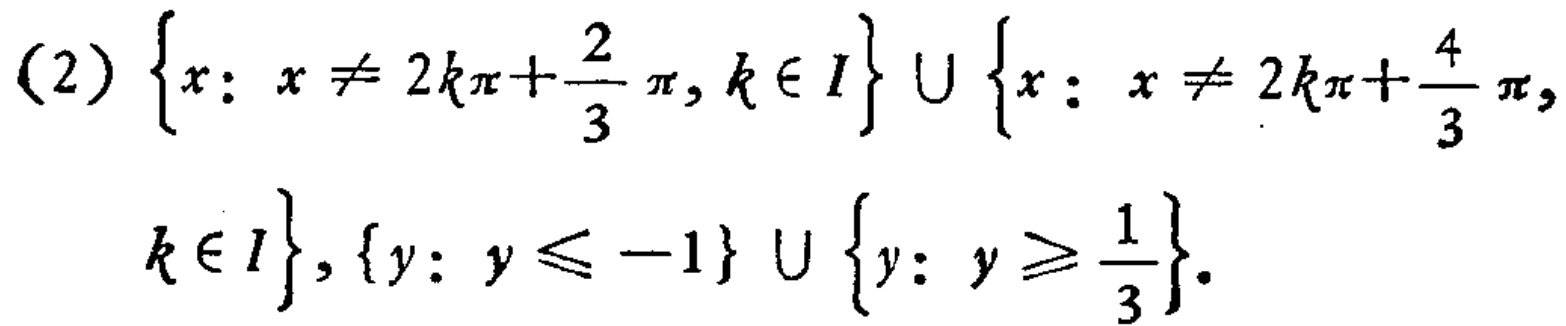
(2) \(\left\{x: x \neq 2k\pi+\frac{2}{3}\pi, k\in I\right\}\cup\left\{x: x \neq 2k\pi+\frac{4}{3}\pi, k\in I\right\},\left\{y: y\leqslant - 1\right\}\cup\left\{y: y\geqslant\frac{1}{3}\right\}\)